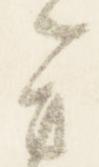
者